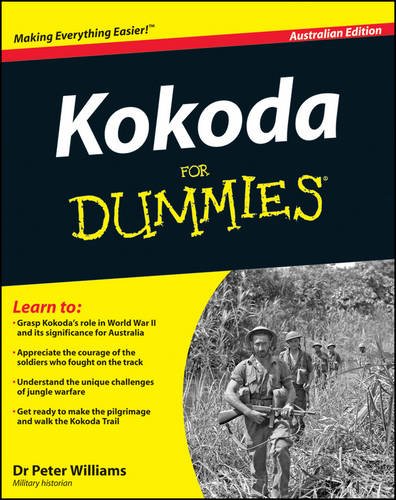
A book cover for Kokoda Trail For Dummies; Peter Williams; Travel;